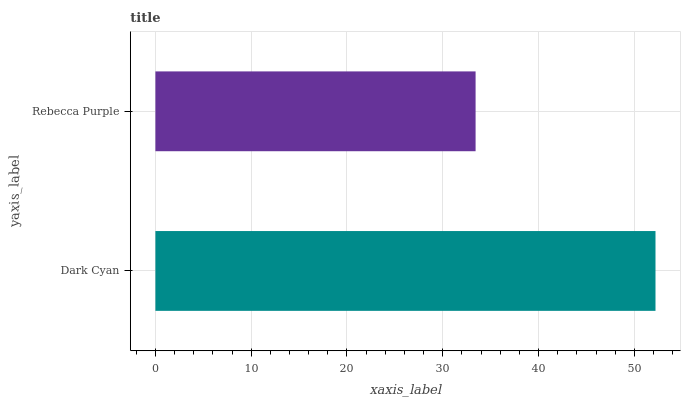
| yaxis_label | bars |
 | --- | --- |
 | Dark Cyan | 52.2 |
 | Rebecca Purple | 33.4 |